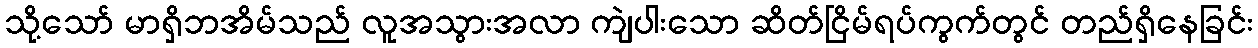
သို့သော် မာရှိဘအိမ်သည် လူအသွားအလာ ကျဲပါးသော ဆိတ်ငြိမ်ရပ်ကွက်တွင် တည်ရှိနေခြင်း